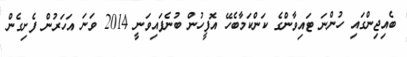
ބެއިޖިންގައި ހުންނަ ޓައިވާންގެ ކަންކަމާބެހޭ އޮފީހުން ބުނެފައިވަނީ 2014 ވަނަ އަހަރުން ފެށިގެން